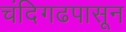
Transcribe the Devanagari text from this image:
चंदिगढपासून